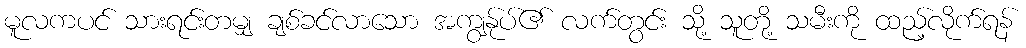
မူလကပင် သားရင်းတမျှ ချစ်ခင်လာသော အကျွန်ုပ်၏ လက်တွင်း သို့ သူတို့ သမီးကို ထည့်လိုက်ရန်